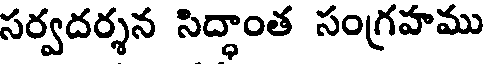
సర్వదర్శన సిద్ధాంత సంగ్రహము